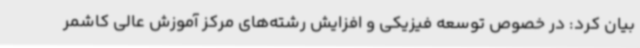
بیان کرد: در خصوص توسعه فیزیکی و افزایش رشته‌های مرکز آموزش عالی کاشمر